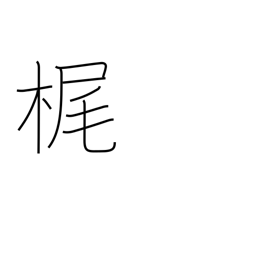
Meaning: sculling oar